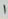
Text: 1